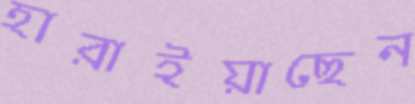
হারাইয়াছেন